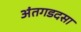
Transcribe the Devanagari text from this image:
अंतगडदसा